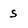
Character: s